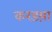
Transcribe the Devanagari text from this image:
करडय़ा